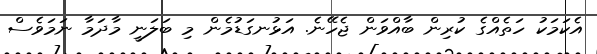
އެކަމަކު ހަތެއްގެ ކުރިން ބާއްވަން ޖެހޭނެ. އަޅުނގަޑުމެން މި ބަލަނީ މާދަމާ ނަމަވެސް